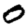
Digit: 0